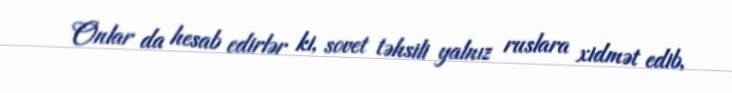
Onlar da hesab edirlər ki, sovet təhsili yalnız ruslara xidmət edib,